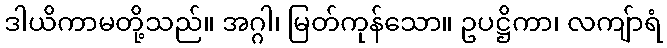
ဒါယိကာမတို့သည်။ အဂ္ဂါ၊ မြတ်ကုန်သော။ ဥပဋ္ဌိကာ၊ လကျ်ာရံ